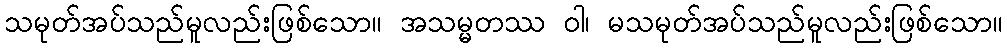
သမုတ်အပ်သည်မူလည်းဖြစ်သော။ အသမ္မတဿ ဝါ၊ မသမုတ်အပ်သည်မူလည်းဖြစ်သော။